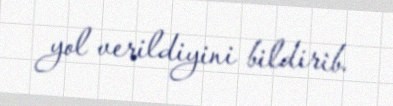
yol verildiyini bildirib.